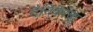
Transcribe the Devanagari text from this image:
दैनिकांचा